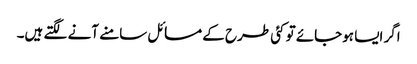
اگر ایسا ہوجائے تو کئی طرح کے مسائل سامنے آنے لگتے ہیں۔